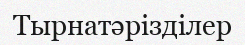
Тырнатәрізділер